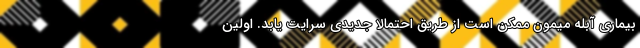
بیماری آبله میمون ممکن است از طریق احتمالا جدیدی سرایت یابد. اولین